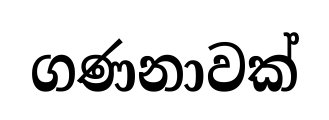
ගණනාවක්